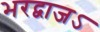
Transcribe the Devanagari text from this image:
भरद्वाजऽ